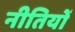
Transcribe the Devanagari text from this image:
नीतियों